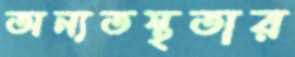
অন্যতস্থতার